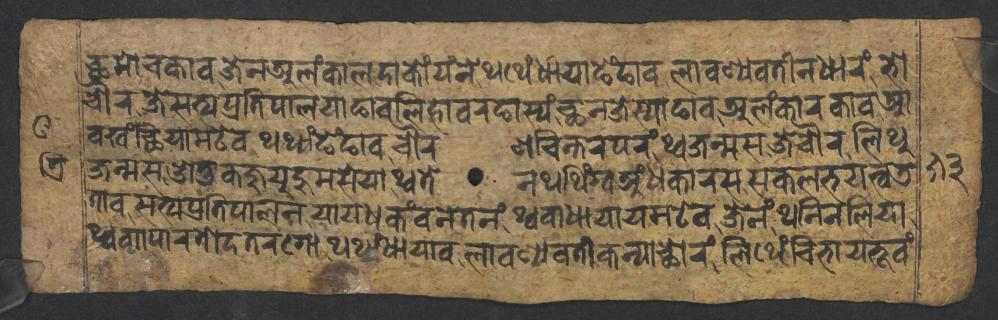
𑐕𑐩𑑀𑐔𑐎𑐵𑐰𑐖𑐾𑐣𑐀𑐮𑑄𑐎𑐵𑐮𑐡𑐵𑐎𑑀𑑄𑐫𑑄𑐣𑐾𑐠𑐠𑐾𑑄𑐢𑐵𑐫𑐵𑐒𑐾𑑄𑐒𑐵𑐰𑐮𑐵𑐰𑐞𑑂𑐫𑐰𑐟𑐷𑐣𑐢𑐵𑐬𑑄𑐨𑑀 𑐔𑑁𑐬𑐖𑐾𑐳𑐟𑑂𑐫𑐥𑑂𑐬𑐟𑐶𑐥𑐵𑐮𑐫𑐵𑐒𑐵𑐰𑐮𑐶𑐴𑐵𑐰𑐬𑐒𑐵𑐳𑑂𑐫𑑄𑐕𑐣𑐖𑐾𑐳𑑂𑐫𑐵𑐒𑐵𑐰𑐀𑐮𑑄𑐎𑐵𑐬𑐎𑐵𑐰𑐁 𑐰𑐏𑑄𑐕𑐶𑐫𑐵𑐩𑐚𑐾𑐰𑐠𑐠𑑂𑐫𑑄𑐒𑐾𑑄𑐒𑐵𑐰𑐔𑑁𑐬𑐞𑐔𑐶𑐣𑑂𑐟𑐬𑐥𑐬𑑄𑐠𑑂𑐰𑐖𑐣𑑂𑐩𑐳𑐖𑐾𑐔𑑁𑐬𑐮𑐶𑐠𑐸 𑐖𑐣𑑂𑐩𑐳𑐌𑐟𑐸𑐎𑐖𑐸𑐫𑐸𑐩𑐳𑐾𑐫𑐵𑐠𑑂𑐰𑐟𑐾𑐣𑐠𑐠𑐶𑑄𑐐𑑂𑐰𑐀𑑄𑐢𑐎𑐵𑐬𑐳𑐳𑐎𑐮𑐨𑐫𑐟𑑂𑐰𑐜 𑐟𑐵𑐰𑐳𑐟𑑂𑐫𑐥𑑂𑐬𑐟𑐶𑐥𑐵𑐮𑐣𑐫𑐵𑐫𑐢𑐎𑑄𑐰𑐣𑐾𑐟𑐣𑑄𑐠𑑂𑐰𑐰𑐵𑐢𑐵𑐫𑐵𑐫𑐩𑐚𑐾𑐰𑐖𑐾𑐣𑑄𑐠𑐣𑐶𑐮𑐶𑐫𑐵 𑐠𑑂𑐰𑐰𑑂𑐫𑐵𑐥𑐵𑐬𑐟𑑀𑐡𑐟𑐬𑐐𑑀𑐠𑐠𑑂𑐫𑑄𑐢𑐵𑐫𑐵𑐰𑐮𑐵𑐰𑐞𑑂𑐫𑐰𑐟𑐷𑐎𑐣𑑂𑐫𑐵𑐕𑑀𑐬𑑄𑐮𑐶𑐠𑐾𑑄𑐔𑐶𑐨𑐵𑐫𑐨𑐹𑐰𑑄